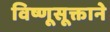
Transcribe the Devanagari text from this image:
विष्णूसूक्ताने